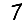
Digit: 7